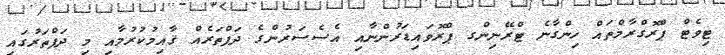
ޓިވެޓް ޕްރޮގްރާމްތައް ހިންގާނެ ޓްރޭނިންގ ޕްރޮވައިޑަރުންނާއި އެސެސަރުންގެ ދަފްތަރެއް ޤާއިމުކުރުމާއި މި ދަފްތަރުގައި